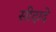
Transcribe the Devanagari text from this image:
सीदादे